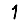
Digit: 1